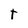
Character: t